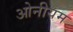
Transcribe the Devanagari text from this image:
ओनीयम